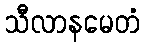
သီလာနမေတံ